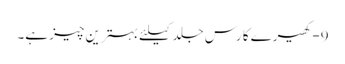
9-کھیرے کا رس جلد کیلئے بہترین چیز ہے۔